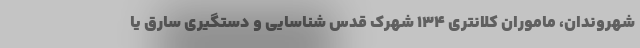
شهروندان، ماموران کلانتری 134 شهرک قدس شناسایی و دستگیری سارق یا